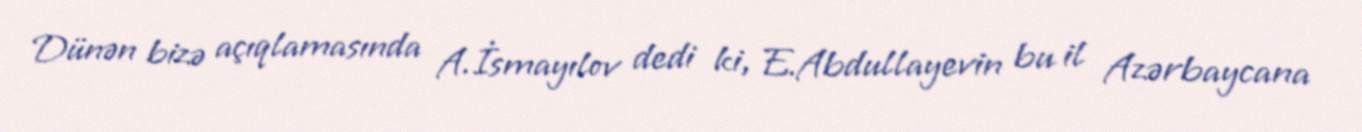
Dünən bizə açıqlamasında A.İsmayılov dedi ki, E.Abdullayevin bu il Azərbaycana